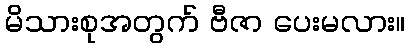
မိသားစုအတွက် ဗီဇာ ပေးမလား။